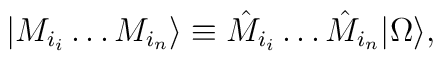
|M_{i_i} \dots M_{i_n}\rangle \equiv \hat  M_{i_i} \dots \hat  M_{i_n}|\Omega\rangle ,